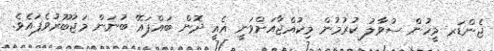
ޖެންޑަރ މީހުން ސުވާލު ކުރުމުން މިކުއްޖާއަށްވަނީ އެއީ ދޮން ބައްޕައޭ ބުނަން މަޖުބޫރުވެފައެވެ.